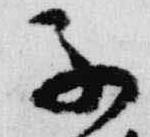
子